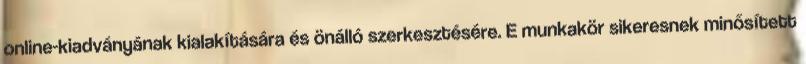
online-kiadványának kialakítására és önálló szerkesztésére. E munkakör sikeresnek minősített